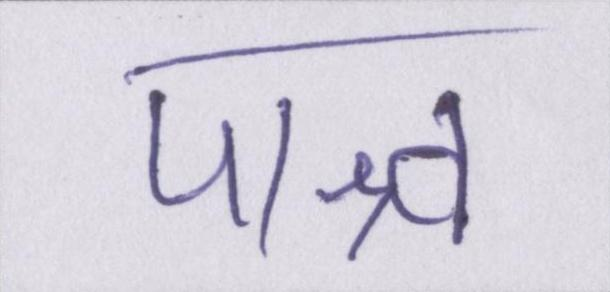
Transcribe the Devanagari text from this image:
पाश्र्व